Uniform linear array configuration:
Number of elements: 12
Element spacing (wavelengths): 0.5
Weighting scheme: cosine
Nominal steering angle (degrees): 30
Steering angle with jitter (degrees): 30.805
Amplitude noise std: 0.05
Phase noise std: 0.05

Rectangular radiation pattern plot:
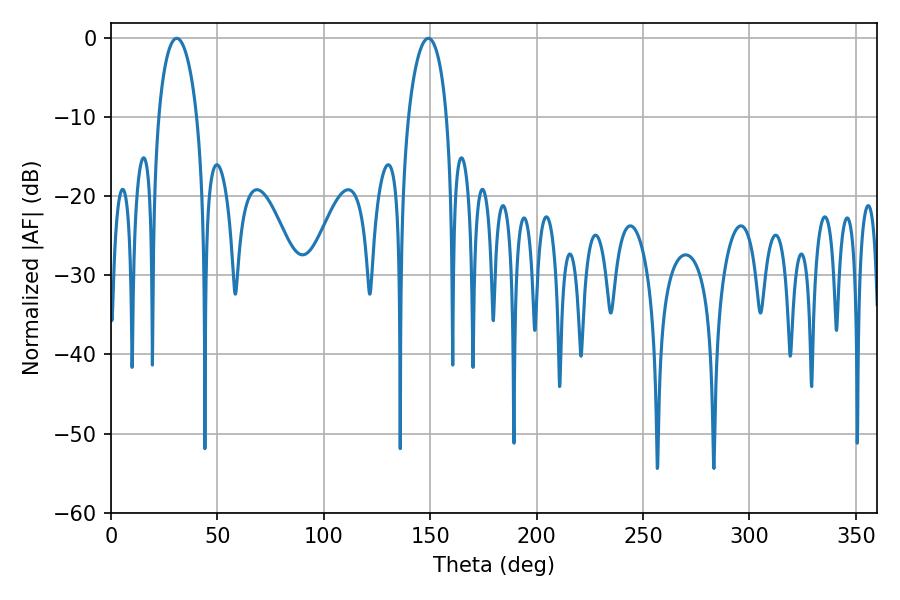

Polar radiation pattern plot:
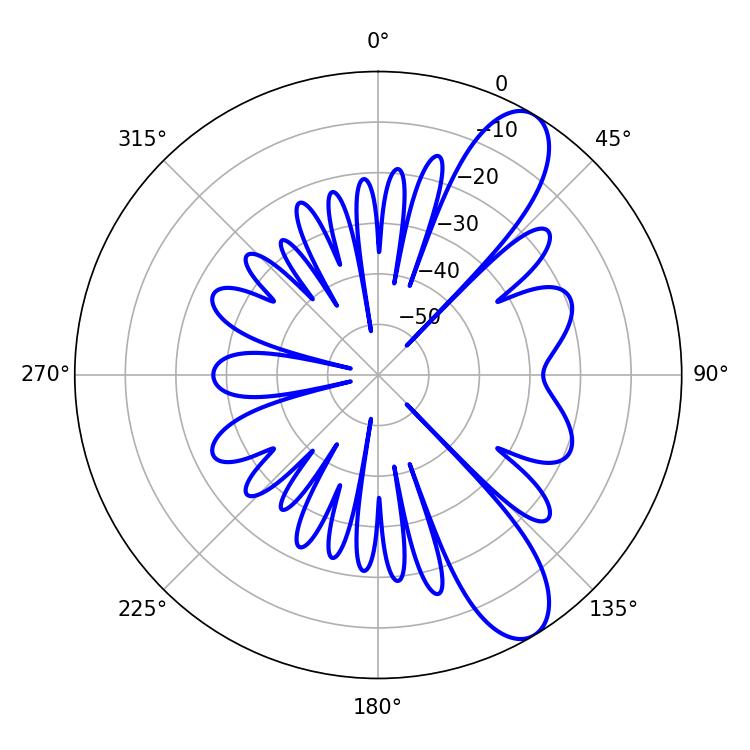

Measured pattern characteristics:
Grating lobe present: FALSE
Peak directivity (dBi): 9.927
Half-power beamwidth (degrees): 10.26
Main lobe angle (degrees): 149.04